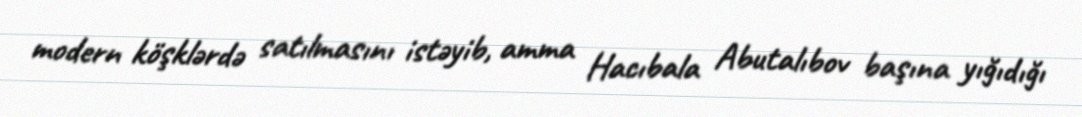
modern köşklərdə satılmasını istəyib, amma Hacıbala Abutalıbov başına yığıdığı